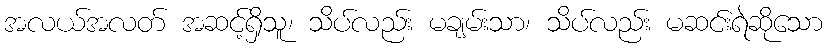
အလယ်အလတ် အဆင့်ရှိသူ၊ သိပ်လည်း မချမ်းသာ၊ သိပ်လည်း မဆင်းရဲဆိုသော